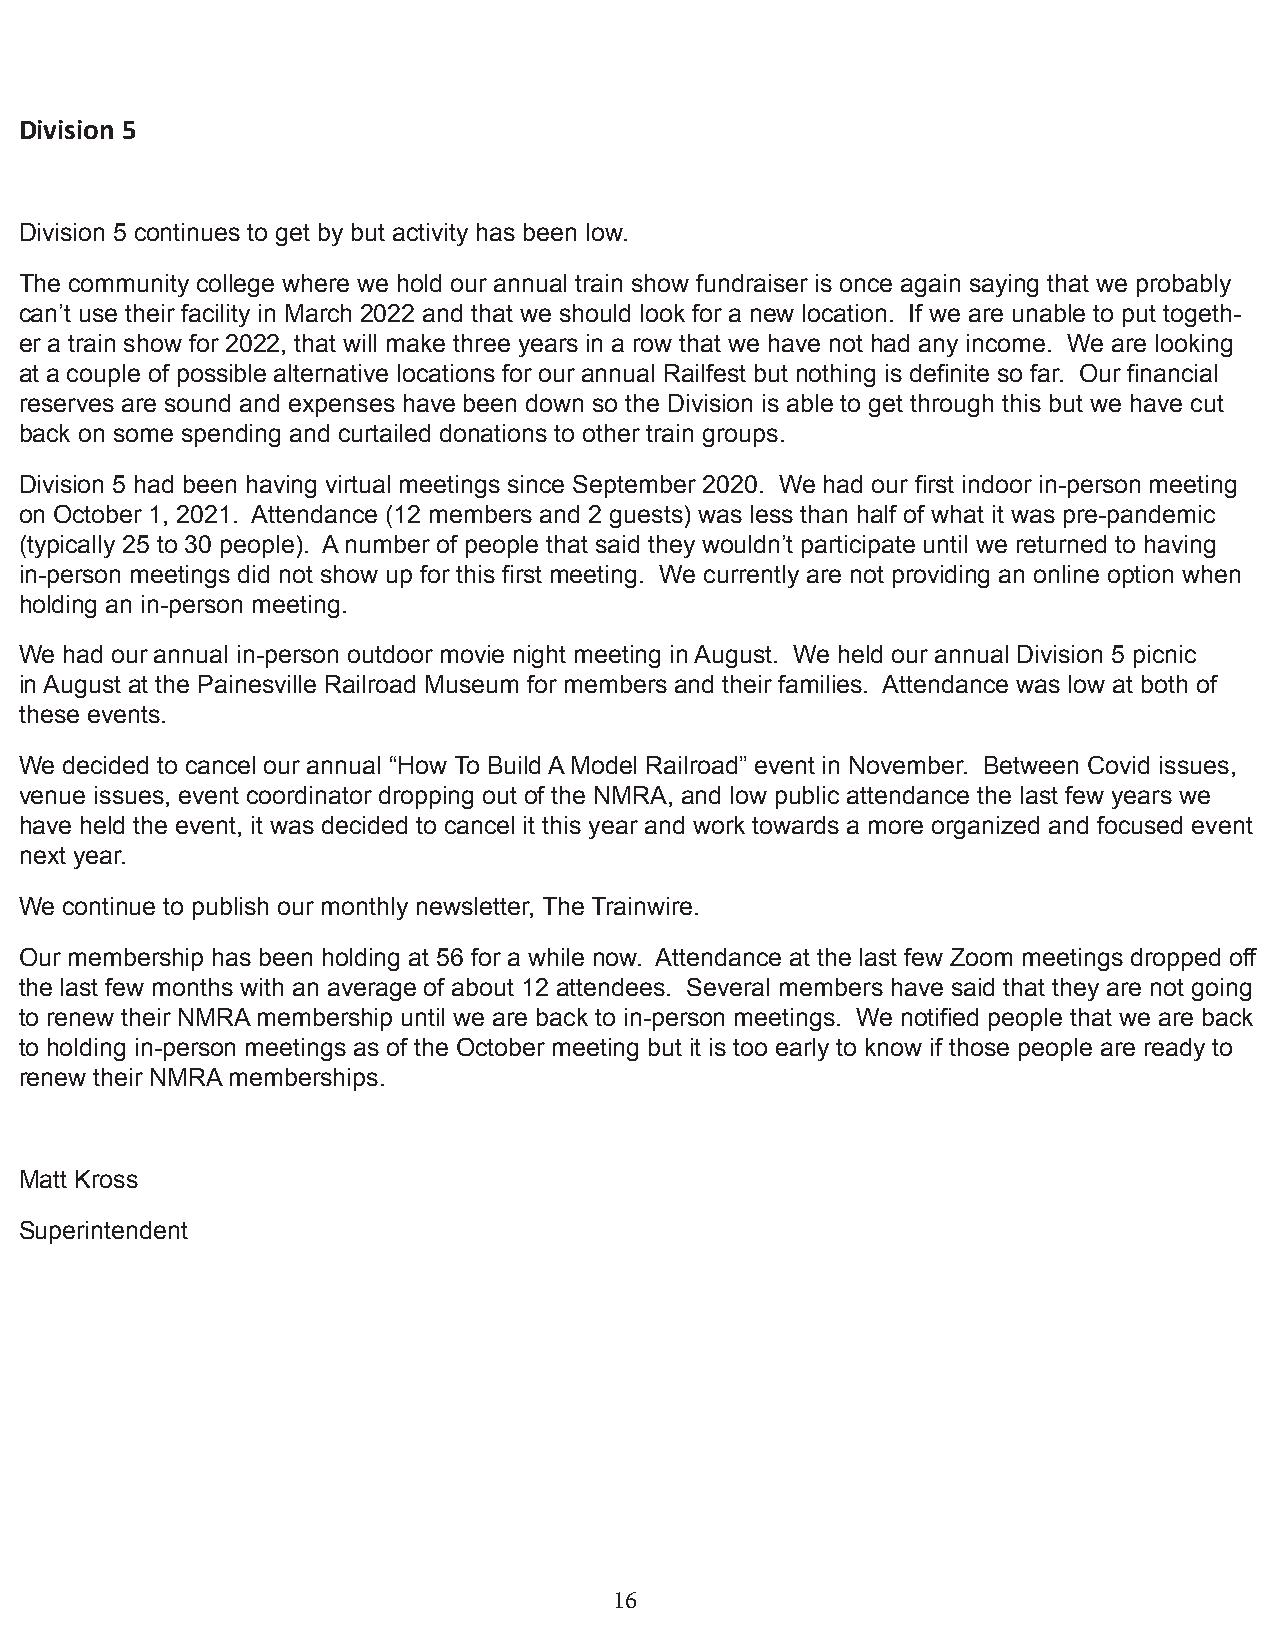
Division 5
 Division 5 continues to get by but activity has been low.
 The community college where we hold our annual train show fundraiser is once again saying that we probably
 can’t use their facility in March 2022 and that we should look for a new location. If we are unable to put togeth-
 er a train show for 2022, that will make three years in a row that we have not had any income. We are looking
 at a couple of possible alternative locations for our annual Railfest but nothing is definite so far. Our financial
 reserves are sound and expenses have been down so the Division is able to get through this but we have cut
 back on some spending and curtailed donations to other train groups.
 Division 5 had been having virtual meetings since September 2020. We had our first indoor in-person meeting
 on October 1, 2021. Attendance (12 members and 2 guests) was less than half of what it was pre-pandemic
 (typically 25 to 30 people). A number of people that said they wouldn’t participate until we returned to having
 in-person meetings did not show up for this first meeting. We currently are not providing an online option when
 holding an in-person meeting.
 We had our annual in-person outdoor movie night meeting in August. We held our annual Division 5 picnic
 in August at the Painesville Railroad Museum for members and their families. Attendance was low at both of
 these events.
 We decided to cancel our annual “How To Build A Model Railroad” event in November. Between Covid issues,
 venue issues, event coordinator dropping out of the NMRA, and low public attendance the last few years we
 have held the event, it was decided to cancel it this year and work towards a more organized and focused event
 next year.
 We continue to publish our monthly newsletter, The Trainwire.
 Our membership has been holding at 56 for a while now. Attendance at the last few Zoom meetings dropped off
 the last few months with an average of about 12 attendees. Several members have said that they are not going
 to renew their NMRA membership until we are back to in-person meetings. We notified people that we are back
 to holding in-person meetings as of the October meeting but it is too early to know if those people are ready to
 renew their NMRA memberships.
 Matt Kross
 Superintendent
 16